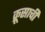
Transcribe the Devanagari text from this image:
क्रूसाची